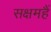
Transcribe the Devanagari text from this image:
सक्षमहैं